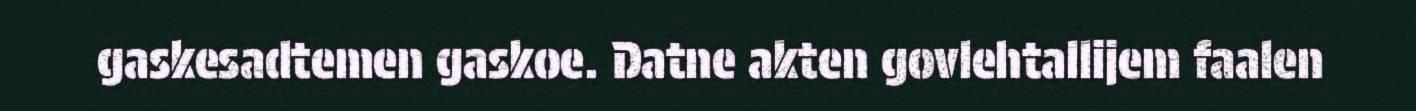
gaskesadtemen gaskoe. Datne akten govlehtallijem faalen